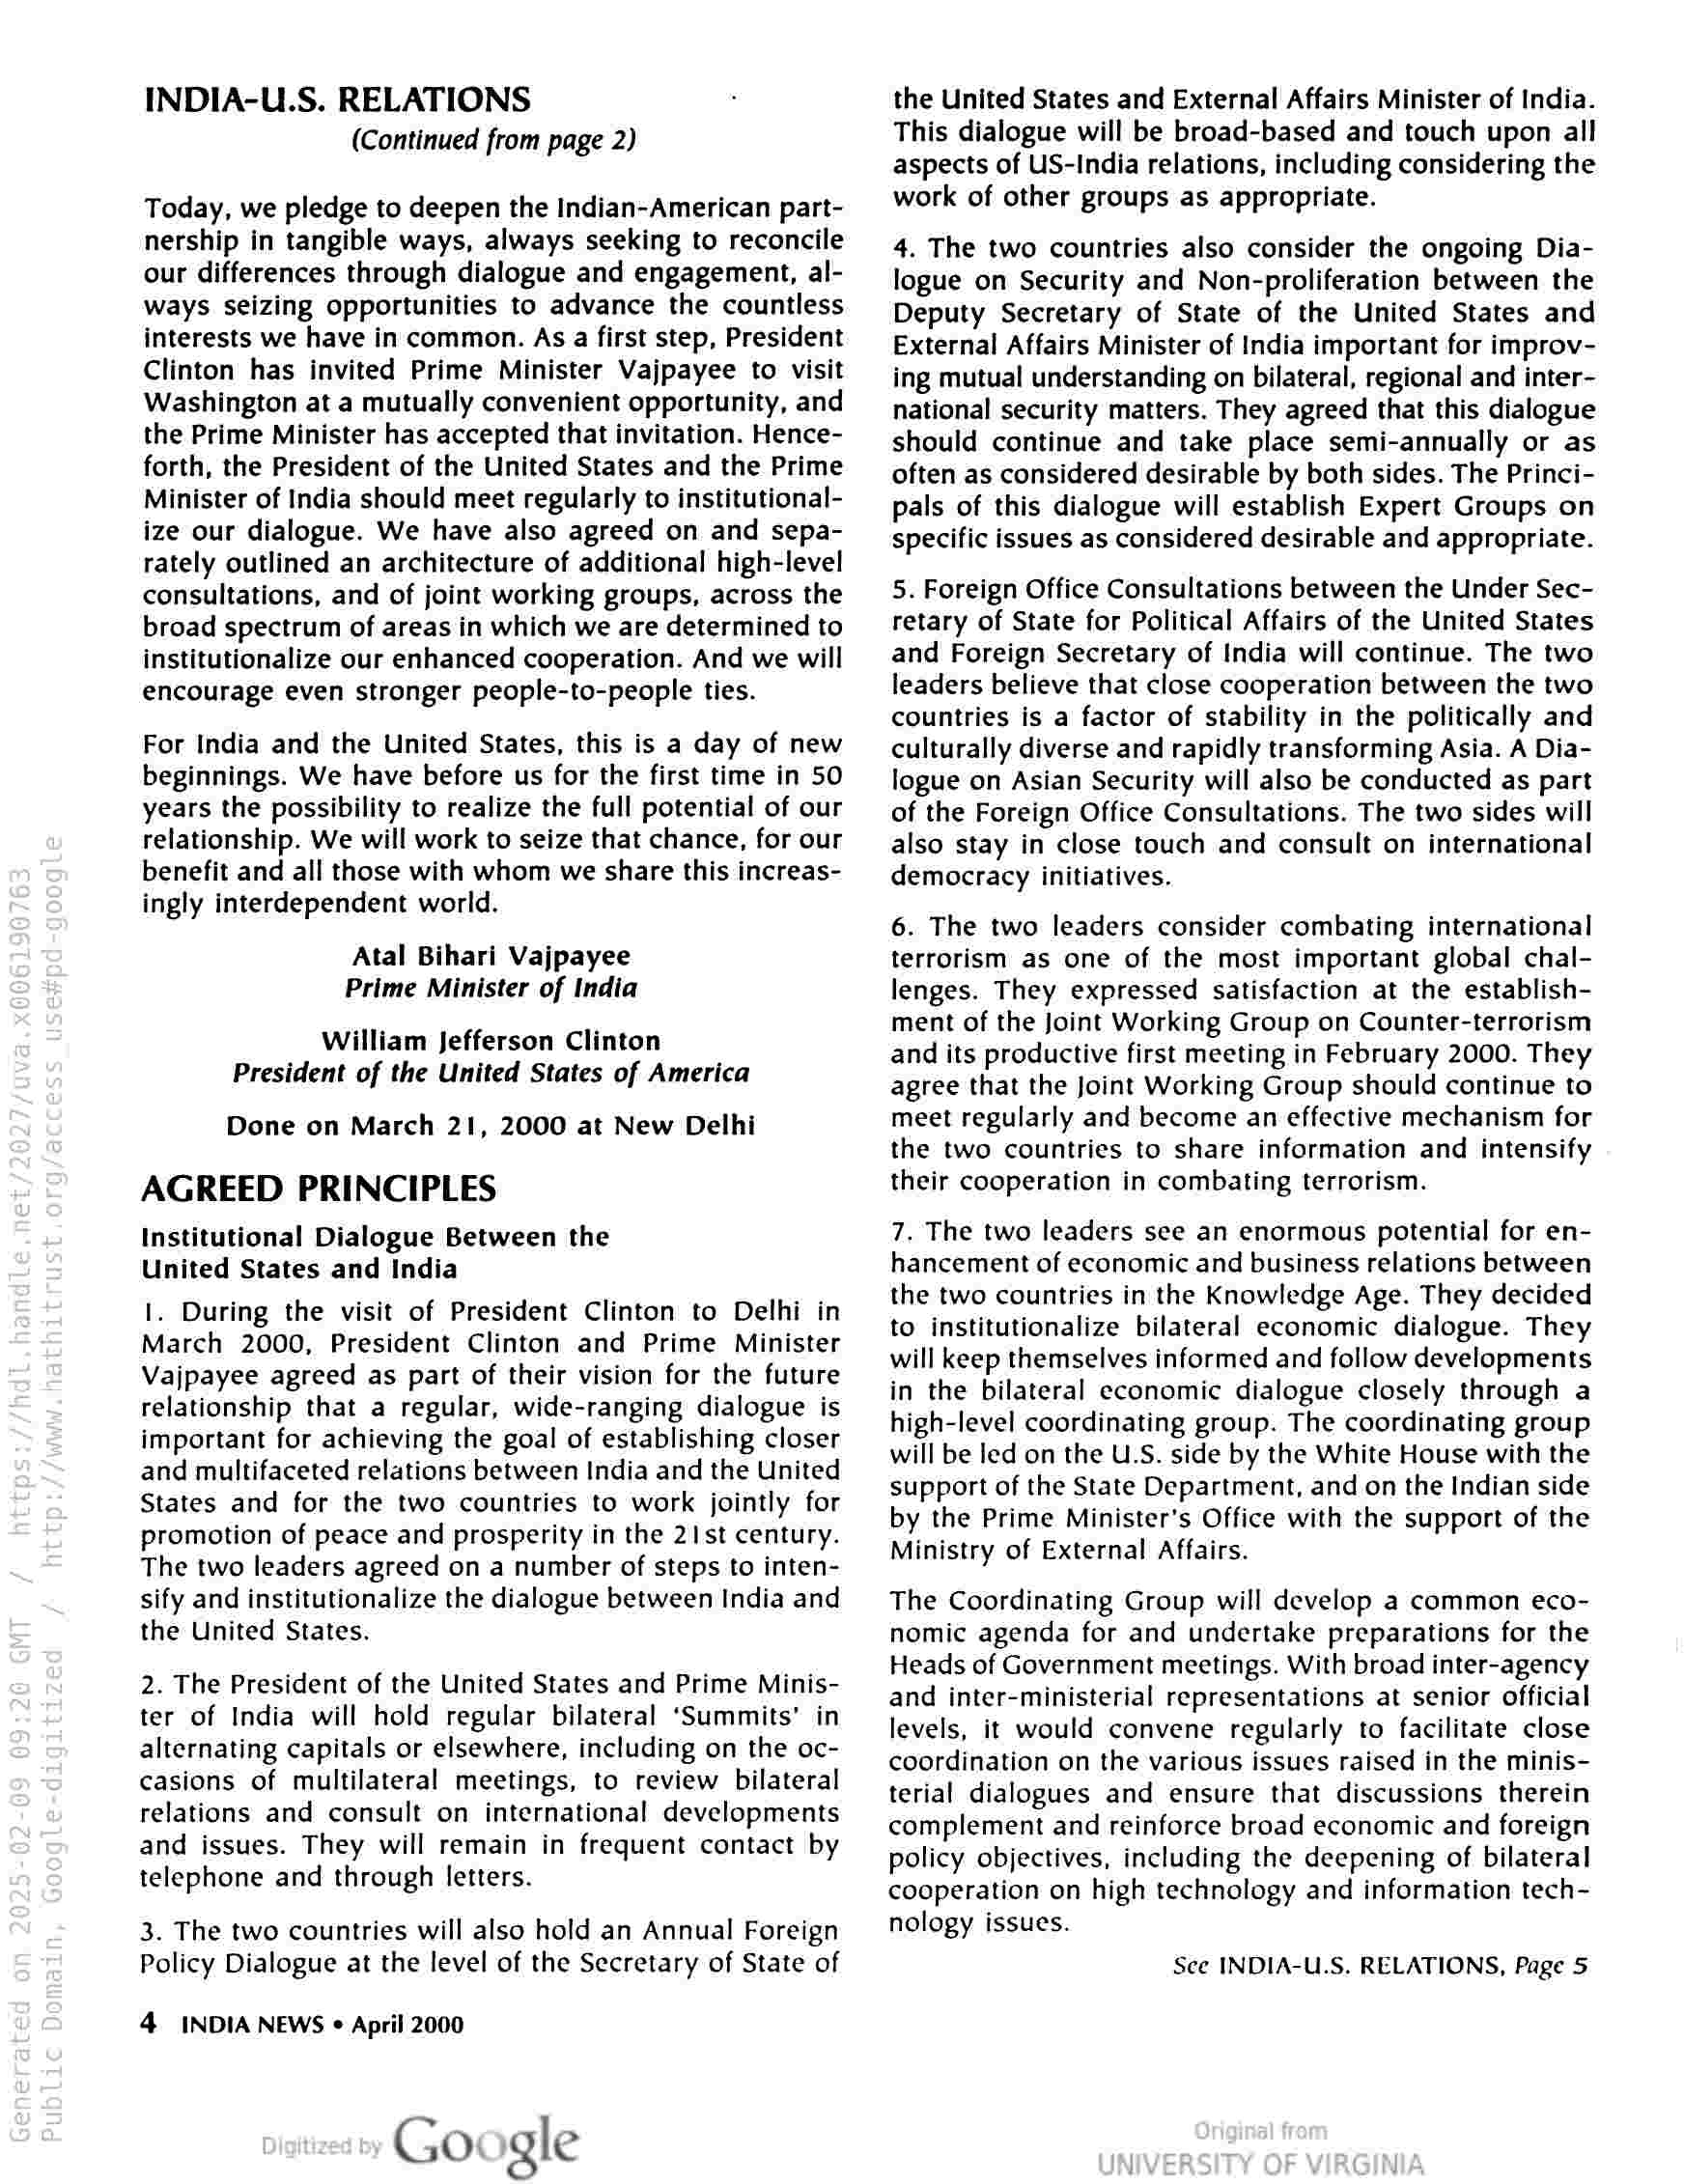
INDIA-U.S. RELATIONS
(Continued from page 2)

Today, we pledge to deepen the Indian-American part-
nership in tangible ways, always seeking to reconcile
our differences through dialogue and engagement, al-
ways seizing opportunities to advance the countless
interests we have in common. As a first step, President
Clinton has invited Prime Minister Vajpayee to visit
Washington at a mutually convenient opportunity, and
the Prime Minister has accepted that invitation. Hence-
forth, the President of the United States and the Prime
Minister of India should meet regularly to institutional-
ize our dialogue. We have also agreed on and sepa-
rately outlined an architecture of additional high-level
consultations, and of joint working groups, across the
broad spectrum of areas in which we are determined to
institutionalize our enhanced cooperation. And we will
encourage even stronger people-to-people ties.

For India and the United States, this is a day of new
beginnings. We have before us for the first time in 50
years the possibility to realize the full potential of our
relationship. We will work to seize that chance, for our
benefit and all those with whom we share this increas-
ingly interdependent world.

Atal Bihari Vajpayee
Prime Minister of India

William Jefferson Clinton
President of the United States of America

Done on March 21, 2000 at New Delhi

AGREED PRINCIPLES

Institutional Dialogue Between the
United States and India

|. During the visit of President Clinton to Delhi in
March 2000, President Clinton and Prime Minister
Vajpayee agreed as part of their vision for the future
relationship that a regular, wide-ranging dialogue is
important for achieving the goal of establishing closer
and multifaceted relations between India and the United
States and for the two countries to work jointly for
promotion of peace and prosperity in the 21st century.
The two leaders agreed on a number of steps to inten-
sify and institutionalize the dialogue between India and
the United States.

2. The President of the United States and Prime Minis-
ter of India will hold regular bilateral ‘Summits’ in
alternating capitals or elsewhere, including on the oc-
casions of multilateral meetings, to review bilateral
relations and consult on international developments
and issues. They will remain in frequent contact by
telephone and through letters.

3. The two countries will also hold an Annual Foreign
Policy Dialogue at the level of the Secretary of State of

4 INDIA NEWS « April 2000

Google

the United States and External Affairs Minister of India.
This dialogue will be broad-based and touch upon all
aspects of US-India relations, including considering the
work of other groups as appropriate.

4. The two countries also consider the ongoing Dia-
logue on Security and Non-proliferation between the
Deputy Secretary of State of the United States and
External Affairs Minister of India important for improv-
ing mutual understanding on bilateral, regional and inter-
national security matters. They agreed that this dialogue
should continue and take place semi-annually or as
often as considered desirable by both sides. The Princi-
pals of this dialogue will establish Expert Groups on
specific issues as considered desirable and appropriate.

5. Foreign Office Consultations between the Under Sec-
retary of State for Political Affairs of the United States
and Foreign Secretary of India will continue. The two
leaders believe that close cooperation between the two
countries is a factor of stability in the politically and
culturally diverse and rapidly transforming Asia. A Dia-
logue on Asian Security will also be conducted as part
of the Foreign Office Consultations. The two sides will
also stay in close touch and consult on international
democracy initiatives.

6. The two leaders consider combating international
terrorism as one of the most important global chal-
lenges. They expressed satisfaction at the establish-
ment of the Joint Working Group on Counter-terrorism
and its productive first meeting in February 2000. They
agree that the Joint Working Group should continue to
meet regularly and become an effective mechanism for
the two countries to share information and intensify
their cooperation in combating terrorism.

7. The two leaders see an enormous potential for en-
hancement of economic and business relations between
the two countries in the Knowledge Age. They decided
to institutionalize bilateral economic dialogue. They
will keep themselves informed and follow developments
in the bilateral economic dialogue closely through a
high-level coordinating group. The coordinating group
will be led on the U.S. side by the White House with the
support of the State Department, and on the Indian side
by the Prime Minister's Office with the support of the
Ministry of External Affairs.

The Coordinating Group will develop a common eco-
nomic agenda for and undertake preparations for the
Heads of Government meetings. With broad inter-agency
and inter-ministerial representations at senior official
levels, it would convene regularly to facilitate close
coordination on the various issues raised in the minis-
terial dialogues and ensure that discussions therein
complement and reinforce broad economic and foreign
policy objectives, including the deepening of bilateral
cooperation on high technology and information tech-
nology issues.

See INDIA-U.S. RELATIONS, Page 5